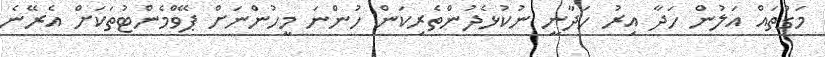
މަގުތައް އަލުން ހަދާ އިރު ހަދާނީ ނުކުޅެދުންތެރިކަން ހުންނަ މީހުންނަށް ޕޭވްމެންޓުތަކަށް އެރޭނެ